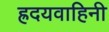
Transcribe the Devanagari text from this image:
ह्रदयवाहिनी